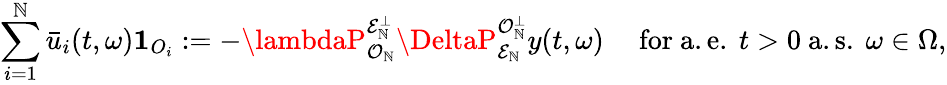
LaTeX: \sum_{i=1}^{\mathbb{N}}\bar{{u}}_{i}(t,\omega)\mathbf{{1}}_{O_{i}}:=-\lambdaP_{\mathcal{{O}}_{\mathbb{N}}}^{\mathcal{{E}}_{\mathbb{N}}^{\perp}}\DeltaP_{\mathcal{{E}}_{\mathbb{N}}}^{\mathcal{{O}}_{\mathbb{N}}^{\perp}}y(t,\omega)\quad\mathrm{{~for~a.e.~}}t>0\mathrm{{~a.s.~}}\omega\in\Omega,